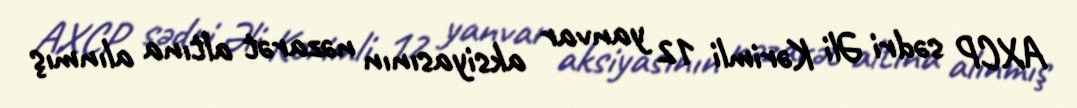
AXCP sədri Əli Kərimli 12 yanvar aksiyasının nəzarət altına alınmış